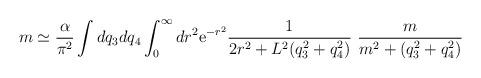
LaTeX: \begin{align*}m \simeq \frac{\alpha}{\pi^2} \int dq_3 dq_4 \int_0^\infty dr^2{\rm e}^{- r^2} \frac{1}{2 r^2 + L^2 (q_3^2 + q_4^2)}~\frac{m}{m^2 + (q_3^2 +q_4^2)}\end{align*}